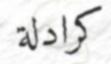
كرادلة